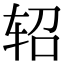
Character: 轺